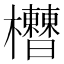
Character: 𣡘